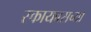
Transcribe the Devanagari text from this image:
स्कायबसच्या